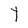
Character: h